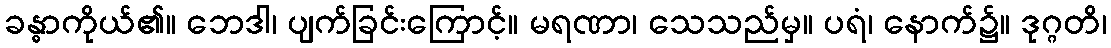
ခန္ဓာကိုယ်၏။ ဘေဒါ၊ ပျက်ခြင်းကြောင့်။ မရဏာ၊ သေသည်မှ။ ပရံ၊ နောက်၌။ ဒုဂ္ဂတိ၊